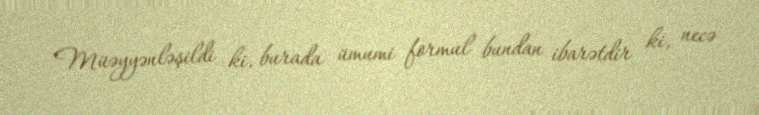
Müəyyənləşildi ki, burada ümumi formul bundan ibarətdir ki, necə